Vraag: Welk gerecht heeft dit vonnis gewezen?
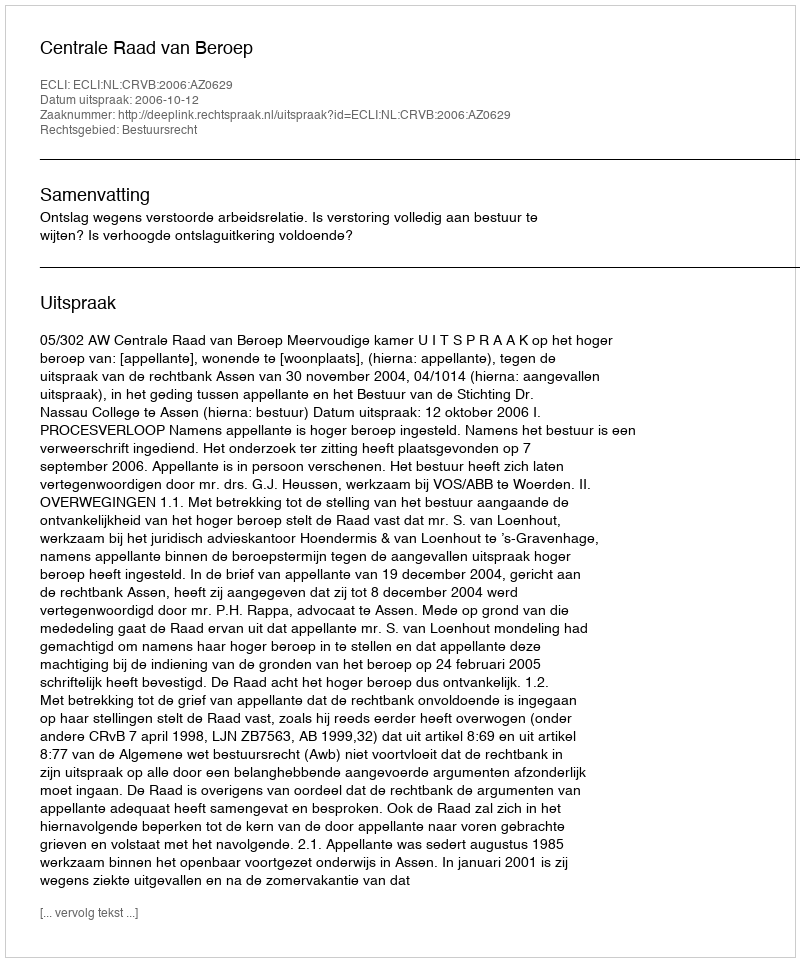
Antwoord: Centrale Raad van Beroep